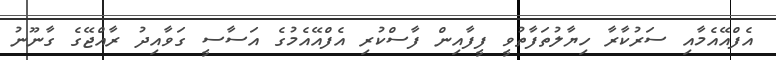
އެފްއޭއެމާއި ސަރުކާރާ ހިޔާލުތަފާތުވީ ފީފާއިން ފާސްކުރި އެފްއޭއެމުގެ އަސާސީ ގަވާއިދު ރާއްޖޭގެ ގާނޫނު